Annual report of the Central Committee of the Association together with the report of the directors of the Pasteur Institute at Kasauli
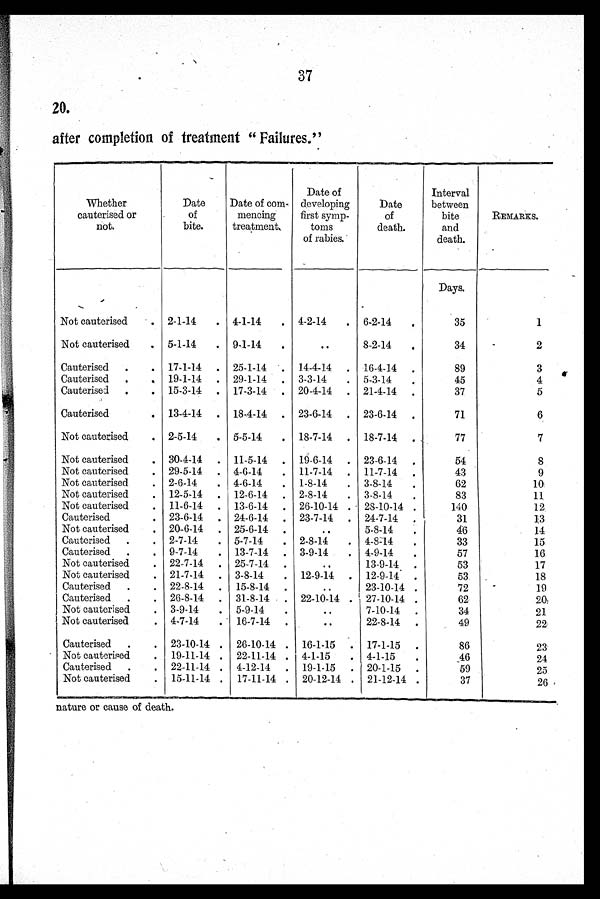
37
20.
after completion of treatment "Failures."
Whether
cauterised or
not.
Date
of
bite.
Date of com-
mencing
treatment.
Date of
developing
first symp-
toms
of rabies.
Date
of
death.
Interval
between
bite
and
death.
REMARKS.
Days.
Not cauterised
2-1-14
4-1-14
4-2-14
6-2-14
35
1
Not cauterised
5-1-14
9-1-14
. .
8-2-14
34
2
Cauterised
17-1-14
25-1-14
14-4-14
16-4-14
89
3
Cauterised
19-1-14
29-1-14
3-3-14
5-3-14
45
4
Cauterised
15-3-14
17-3-14
20-4-14
21-4-14
37
5
Cauterised
13-4-14
18-4-14
23-6-14
23-6-14
71
6
Not cauterised
2-5-14
5-5-14
18-7-14
18-7-14
77
7
Not cauterised
30-4-14
11-5-14
19-6-14
23-6-14
54
8
Not cauterised
29-5-14
4-6-14
11-7-14
11-7-14
43
9
Not cauterised
2-6-14
4-6-14
1-8-14
3-8-14
62
10
Not cauterised
12-5-14
12-6-14
2-8-14
3-8-14
83
11
Not cauterised
11-6-14
13-6-14
26-10-14
28-10-14
140
12
Cauterised
23-6-14
24-6-14
23-7-14
24-7-14
31
13
Not cauterised
20-6-14
25-6-14
..
5-8-14
46
14
Cauterised
2-7-14
5-7-14
2-8-14
4-8-14
33
15
Cauterised
9-7-14
13-7-14
3-9-14
4-9-14
57
16
Not cauterised
22-7-14
25-7-14
..
13-9-14
53
17
Not cauterised
21-7-14
3-8-14
12-9-14
12-9-14
53
18
Cauterised
22-8-14
15-8-14
. . . .
23-10-14
72
1 9
Cauterised
26-8-14
31-8-14
22-10-14
27-10-14
62
20
Not cauterised
3-9-14
5-9-14
. .
7-10-14
34
21
Not cauterised
4-7-14
16-7-14
. .
22-8-14
49
22
Cauterised
23-10-14
26-10-14
16-1-15
17-1-15
86
23
Not cauterised
19-11-14
22-11-14
4-1-15
4-1-15
46
24
Cauterised
22-11-14
4-12-14
19-1-15
20-1-15
59
25
Not cauterised
15-11-14
17-11-14
20-12-14
21-12-14
37
26
n a t u r e o r c a u s e o f d e a t h .